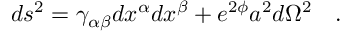
d s ^ { 2 } = \gamma _ { \alpha \beta } d x ^ { \alpha } d x ^ { \beta } + e ^ { 2 \phi } a ^ { 2 } d \Omega ^ { 2 } ~ ~ ~ .